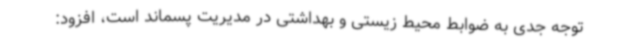
توجه جدی به ضوابط محیط زیستی و بهداشتی در مدیریت پسماند است، افزود: